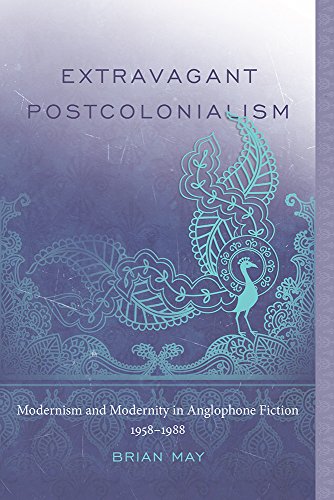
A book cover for Extravagant Postcolonialism: Modernism and Modernity in Anglophone Fiction, 1958-1988; Brian T. May; Literature & Fiction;